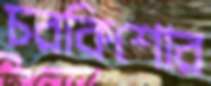
চরকিশোর